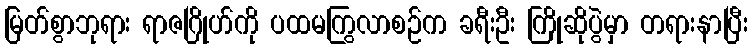
မြတ်စွာဘုရား ရာဇဂြိုဟ်ကို ပထမကြွလာစဉ်က ခရီးဦး ကြိုဆိုပွဲမှာ တရားနာပြီး